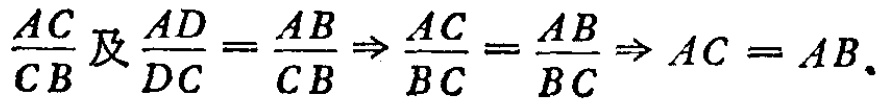
\(\frac{AC}{CB}及\frac{AD}{DC}=\frac{AB}{CB}\Rightarrow\frac{AC}{BC}=\frac{AB}{BC}\Rightarrow AC = AB.\)